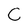
Character: C